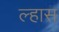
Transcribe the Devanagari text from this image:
ल्हास